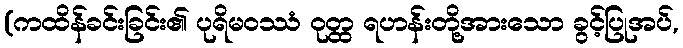
(ကထိန်ခင်းခြင်း၏ ပုရိမဝဿံ ဝုတ္ထ ရဟန်းတို့အားသော ခွင့်ပြုအပ်,